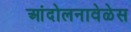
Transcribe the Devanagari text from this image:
आंदोलनावेळेस